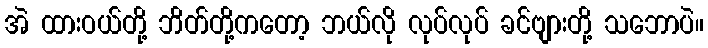
အဲ ထားဝယ်တို့ ဘိတ်တို့ကတော့ ဘယ်လို လုပ်လုပ် ခင်ဗျားတို့ သဘောပဲ။